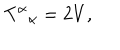
T ^ { \alpha } { } _ { \alpha } = 2 V ,